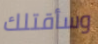
وسأقتلك